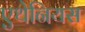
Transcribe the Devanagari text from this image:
एथेनियस